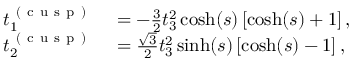
\begin{array} { r l } { t _ { 1 } ^ { \mathrm { ~ ( ~ c ~ u ~ s ~ p ~ ) ~ } } } & { { } = - \frac { 3 } { 2 } t _ { 3 } ^ { 2 } \cosh ( s ) \left[ \cosh ( s ) + 1 \right] , } \\ { t _ { 2 } ^ { \mathrm { ~ ( ~ c ~ u ~ s ~ p ~ ) ~ } } } & { { } = \frac { \sqrt { 3 } } { 2 } t _ { 3 } ^ { 2 } \sinh ( s ) \left[ \cosh ( s ) - 1 \right] , } \end{array}